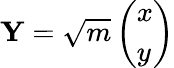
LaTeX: \begin{array}{r}{\mathbf{Y}=\sqrt{m}\left(\begin{array}{l}{x}\\ {y}\end{array}\right)}\end{array}